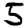
Digit: 5